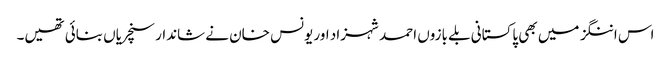
اس اننگز میں بھی پاکستانی بلے بازوں احمد شہزاد اور یونس خان نے شاندار سنچریاں بنائی تھیں۔